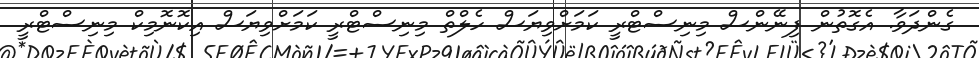
ގެންދަވާ. އެގޮތުން ފިނޭންސް މިނިސްޓްރީ ކަމަށްވިޔަސް ހެލްތް މިނިސްޓްރީ ކަމަށްވިޔަސް އިކޮނޮމިކް މިނިސްޓްރީ